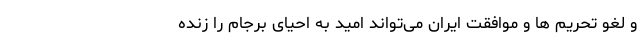
و لغو تحریم ها و موافقت ایران می‌تواند امید به احیای برجام را زنده